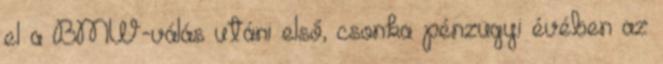
el a BMW-válás utáni első, csonka pénzügyi évében az